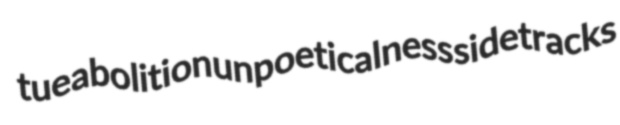
tue abolition unpoeticalness sidetracks